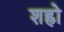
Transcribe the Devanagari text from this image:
शह्रो